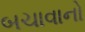
બચાવાનો